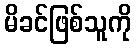
မိခင်ဖြစ်သူကို